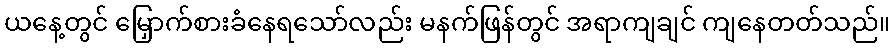
ယနေ့တွင် မြှောက်စားခံနေရသော်လည်း မနက်ဖြန်တွင် အရာကျချင် ကျနေတတ်သည်။